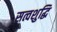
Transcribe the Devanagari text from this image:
सत्वशुद्धि